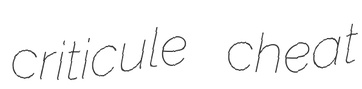
criticule cheat